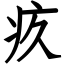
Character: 疚